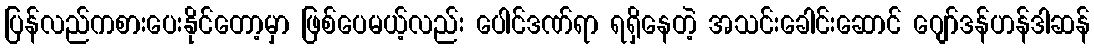
ပြန်လည်ကစားပေးနိုင်တော့မှာ ဖြစ်ပေမယ့်လည်း ပေါင်ဒဏ်ရာ ရရှိနေတဲ့ အသင်းခေါင်းဆောင် ဂျော်ဒန်ဟန်ဒါဆန်